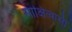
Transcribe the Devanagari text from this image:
साक्षित्वासी